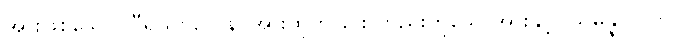
အားဖြစ်သော။ ဝီရိယဗလေန၊ အားထုတ်ခြင်း တည်းဟူသောအားနှင့်။ သမန္နာပတာ၊